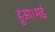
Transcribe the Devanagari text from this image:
हुआ।मई